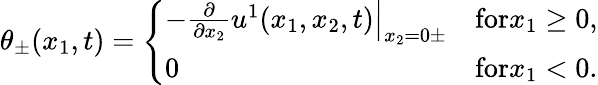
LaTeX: \theta_{\pm}(x_{1},t)=\left\{ \begin{array}{ll}{-\left.\frac{\partial}{\partial x_{2}}u^{1}(x_{1},x_{2},t)\right|_{x_{2}=0\pm}}&{\textrm{for}x_{1}\geq 0,}\\ {0}&{\textrm{for}x_{1}<0.}\end{array}\right.